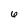
Character: 6